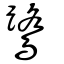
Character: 鷺